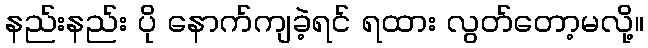
နည်းနည်း ပို နောက်ကျခဲ့ရင် ရထား လွတ်တော့မလို့။